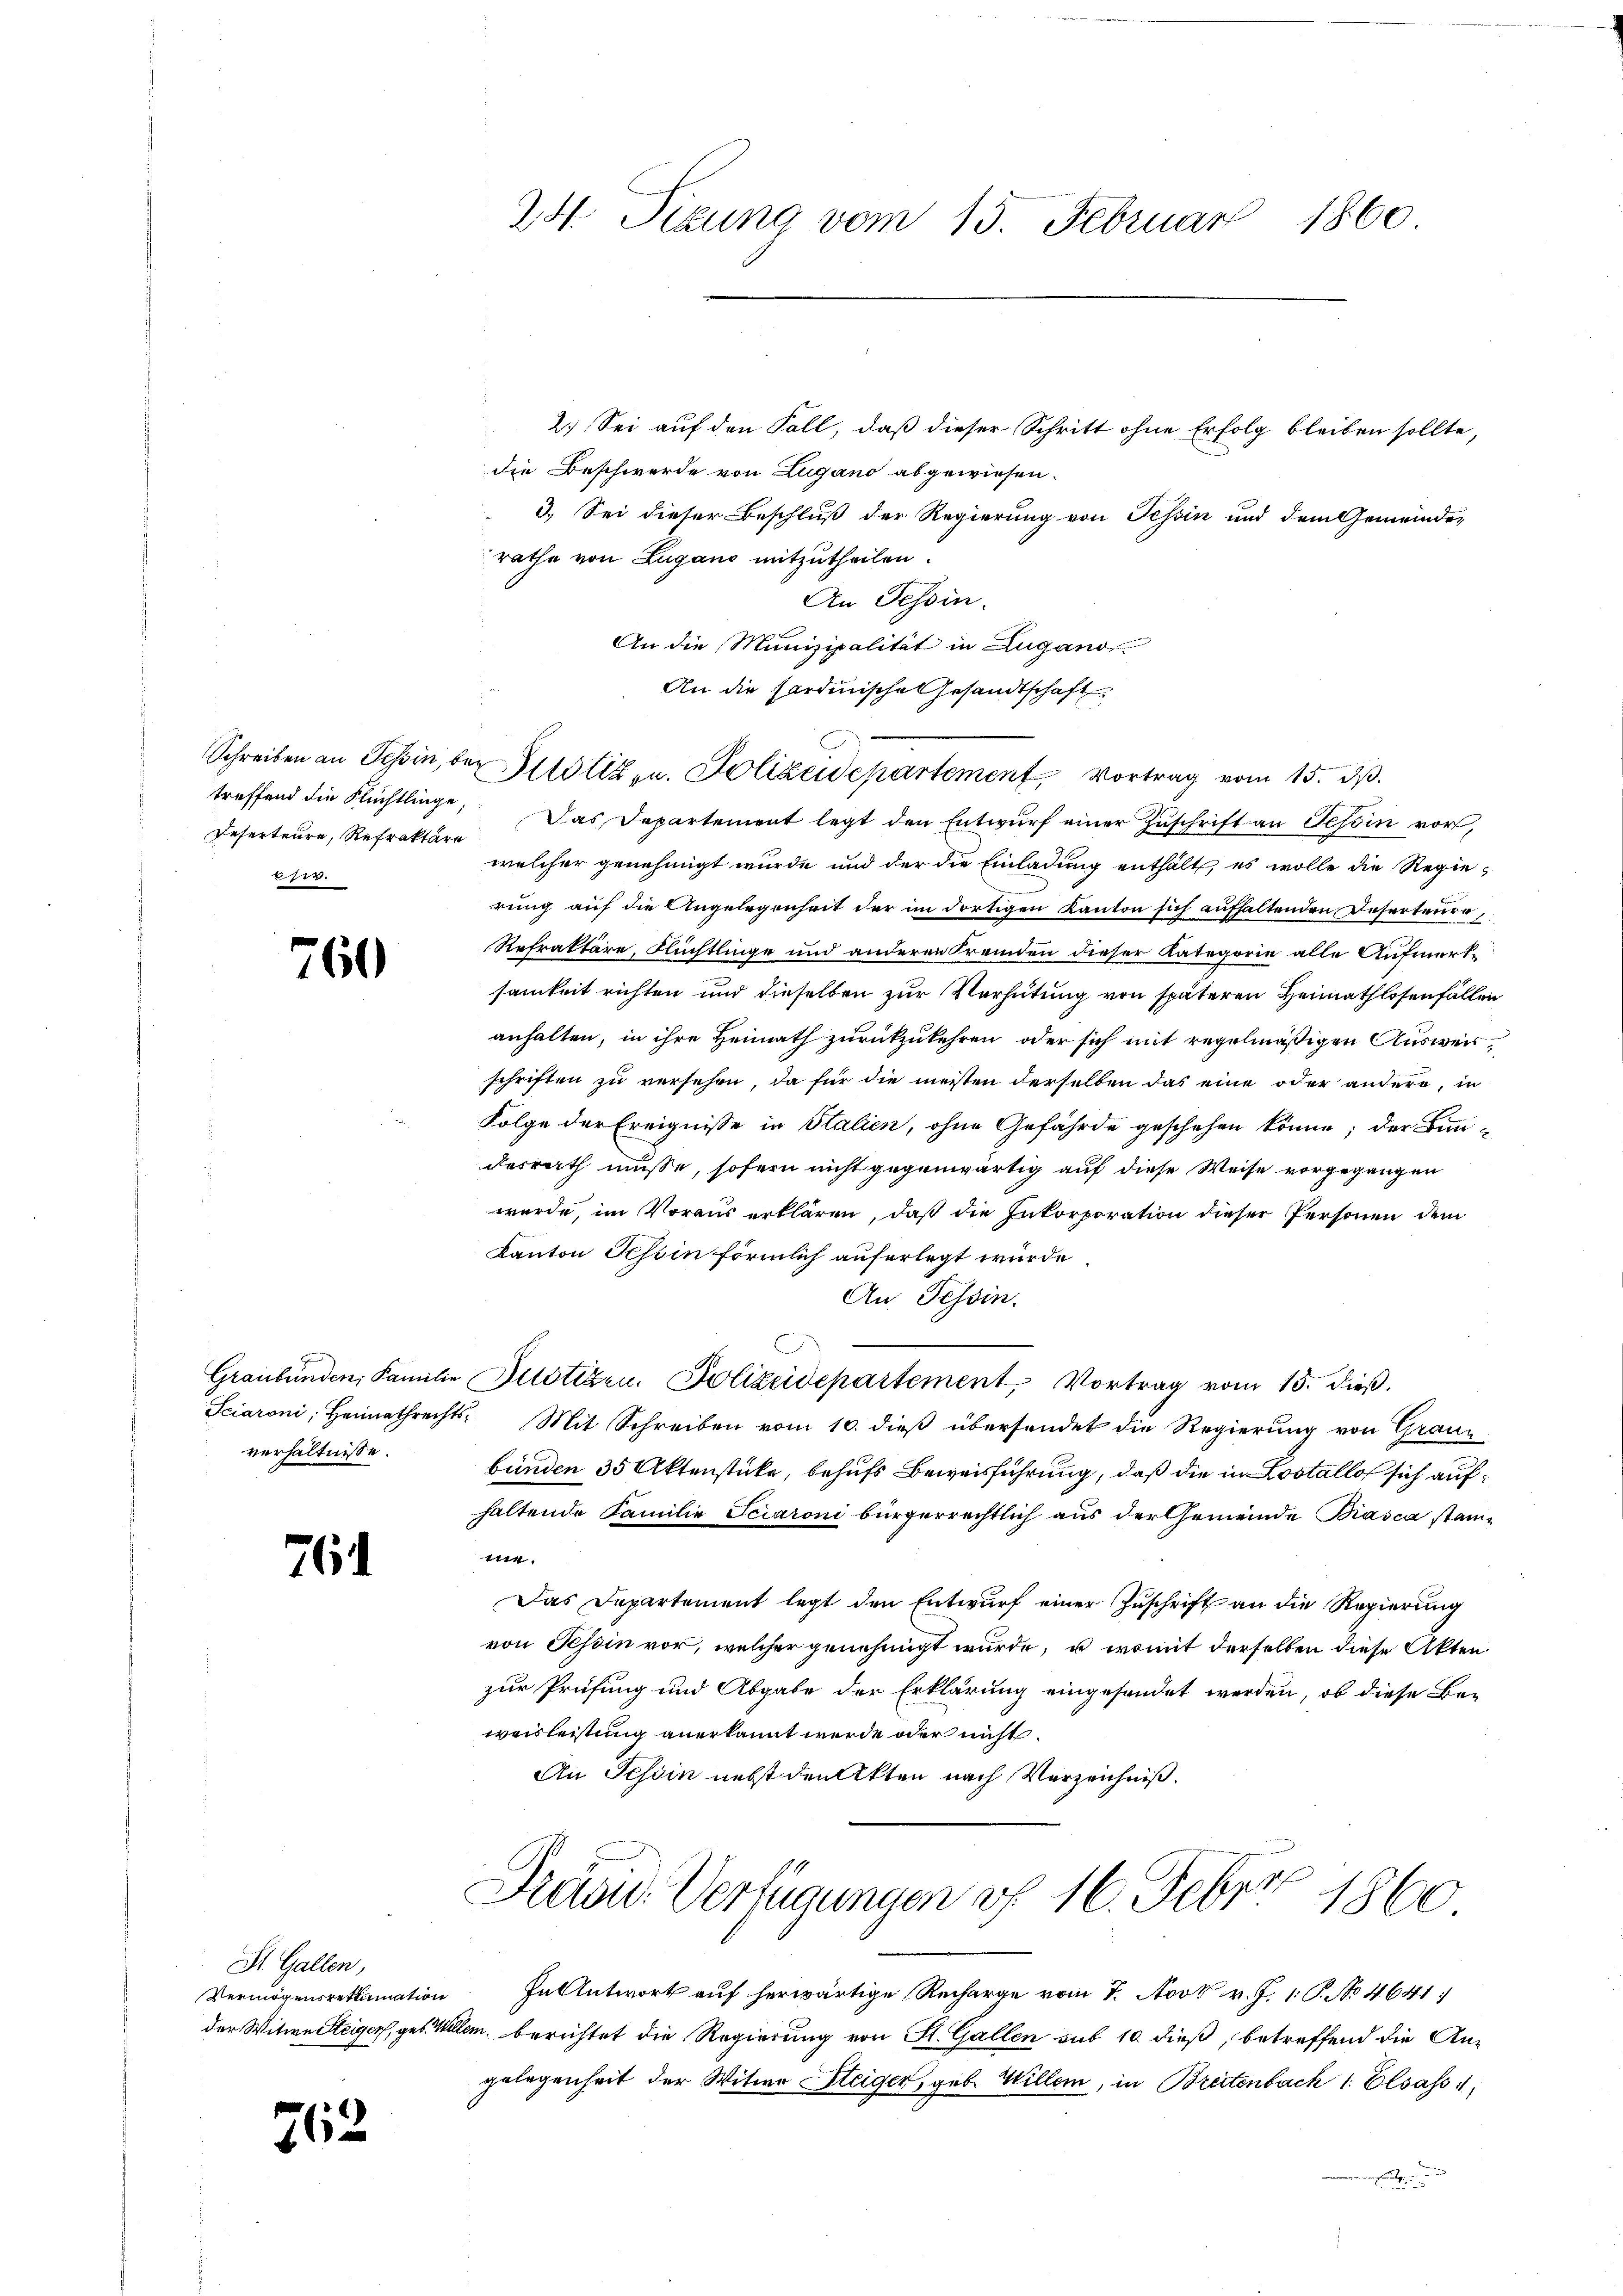
treffend die Flüchtlinge,
.

760

verhältnisse.

761

St. Gallen,
Vermögensrettimation
der Witwe Steiger, geb. 14

762

1860
24. Sizung vom 15. Februar

2.) Sei auf den Fall, daß dieser Schritt ohne Erfolg bleiben sollte,
die Beschwerde von Lugano abgewiesen.
3. Sei dieser Beschluß der Regierung von Tessin und dem Gemeinder
rathe von Lugano mitzutheilen.
An Tessin.
An die Munizipalität in Zugano.
An die Sardinische Gesandtschaft
Deserteure, Refraktere Das Departement legt den Entwŭrf einer Zŭschrift an Tessin vor,
welcher genehmigt wurde und der die Einladung enthält, es wolle die Regierung auf die Angelegenheit der im dortigen Kanton sich aufhaltenden Deserteure,
Refraktäre, Flüchtlinge und anderen Fremden dieser Kategorie alle Aufmerksamkeit richten und dieselben zur Verhütung von späteren Heimathlosenfällen
anhalten, in ihre Heimath zurückzukehren, oder sich mit regelmäßigen Ausweisschriften zu versehen, da für die meisten derselben das eine oder andere, in
Folge der Ereignisse in Stalien, ohne Gefährde geschehen könne; der Bun-
derrath müsse, sofern nicht gegenwärtig auf diese Weise vorgegangen
wurde, im Voraus erklären, daß die Inkorporation dieser Personen dem
Kanton Tessin förmlich auferlegt wurde
An Tessin.
-
Graubünden, Familie Bilotizen, Polizeidepartement, Vortrag vom 15. dieß.
Sciaroni, Heimathrechts. Mit Schreiben vom 10. dieß übersendet die Regierung von Grau-
bünden 35 Aktenstücke, behufs Beweisführung, daß die in Lostallos sich aufhaltende Familie Sciaroni bürgerrechtlich aus der Gemeinde Biasca stannie.
Das Departement legt den Entwurf einer Zuschrift an die Regierung
von Tessin vor, welcher genehmigt wurde, u. womit derselben diese Akten.
zur Prüfung und Abgabe der Erklärung eingesendet werden, ob diese Beweisleistung anerkannt werde oder nicht.
An Tessin nebst den Akten nach Verzeichniß.
Dradu. Verfügungen v. 16. Feber 1860
In Antwort auf herwärtige Recharge vom 7. Novt v. J. 1. P. No 4641
allen, berichtet die Regierung von St. Gallen sub 10. dieß, betreffend die An-
gelegenheit der Witwe Steiger, geb. Willem, in Breitenbach 1. Elsass i
n

Schreiben an Tessin, bei Iltotiz u. Polizeidepartement, Vortrag vom 15. dß.